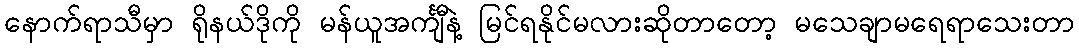
နောက်ရာသီမှာ ရိုနယ်ဒိုကို မန်ယူအင်္ကျီနဲ့ မြင်ရနိုင်မလားဆိုတာတော့ မသေချာမရေရာသေးတာ